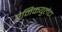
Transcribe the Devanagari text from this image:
पेनिकयुलेटा